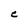
Character: e